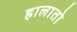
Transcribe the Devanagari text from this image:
हालातो